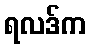
ရလဒ်က